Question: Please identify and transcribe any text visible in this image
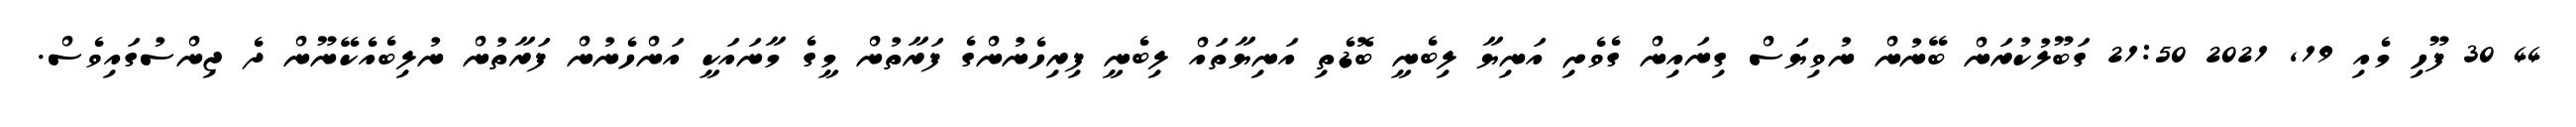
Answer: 44 30 ފޫހި މެއި 19, 2021 21:50 ގަބޫލުކުރަން ބޭނުން ނުވިޔަސް ގިނައިން ގެވެށި އަނިޔާ ލިބެނީ ބޮޑެތި އަނިޔާތައް ލިބެނީ ފިރިހެނުންގެ ފަރާތުން މީގެ މާނައަކީ އަންހެނުން ފަރާތުން ނުލިބެއެކޭނޫން ދެ ޖިންސުގައިވެސް.